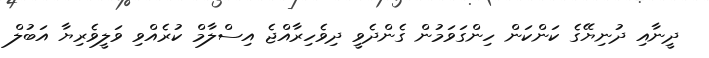
ދީނާއި ދުނިޔޭގެ ކަންކަން ހިންގަވަމުން ގެންދެވީ ދިވެހިރާއްޖެ އިސްލާމް ކުރެއްވި ވަލީވެރިޔާ އަބުލް